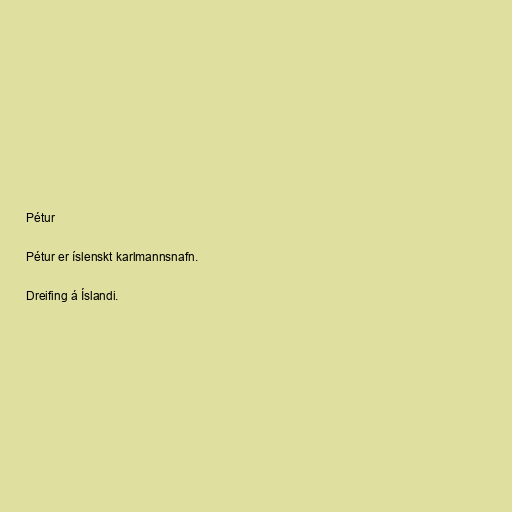
Pétur

Pétur er íslenskt karlmannsnafn.

Dreifing á Íslandi.